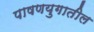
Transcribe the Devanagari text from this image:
पाषणयुगातील